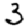
Digit: 3